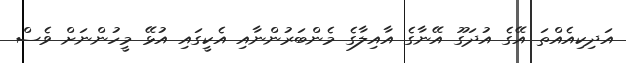
އަދިކިއެއްތަ އޭގެ އުދަގޫ އޭނާގެ އާއިލާގެ މެންބަރުންނާއި އެކީގައި އުޅޭ މީހުންނަށް ވެސް